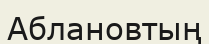
Аблановтың